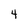
Character: 4